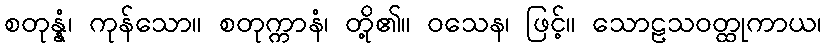
စတုန္နံ၊ ကုန်သော။ စတုက္ကာနံ၊ တို့၏။ ဝသေန၊ ဖြင့်။ သောဠသဝတ္ထုကာယ၊